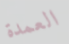
العمدة